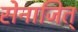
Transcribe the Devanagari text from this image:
सेनाजित्